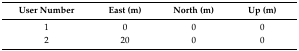
<table><thead><tr><td><b>User Number</b></td><td><b>East (m)</b></td><td><b>North (m)</b></td><td><b>Up (m)</b></td></tr></thead><tbody><tr><td>1</td><td>0</td><td>0</td><td>0</td></tr><tr><td>2</td><td>20</td><td>0</td><td>0</td></tr></tbody></table>